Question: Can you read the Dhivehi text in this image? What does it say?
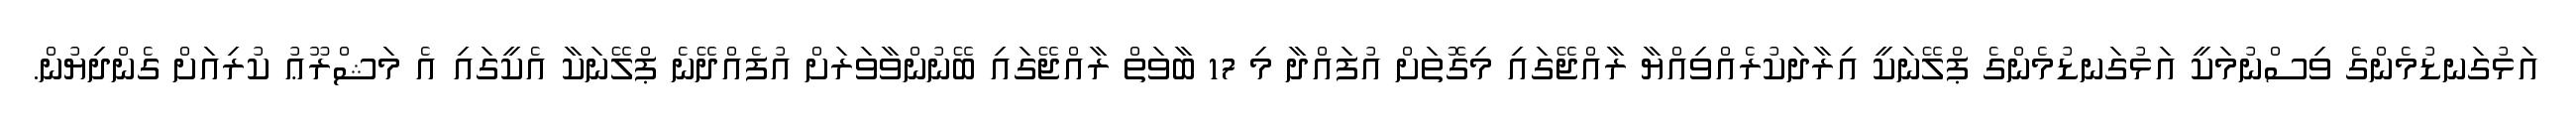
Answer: އަޅުގަނޑުމެންގެ ވިސްނުމަކީ އަޅުގަނޑުމެންގެ ޕްލޭނަކީ އިރާދަކުރެއްވިއްޔާ ރާއްޖޭގައި މިގޮތަށް އުފައްދާ މި 17 ބާވަތް ރާއްޖޭގައި ބޭނުންވާވަރަށް އުފެއްދޭނެ ޕްލޭނަކާ އެކީގައި އެ މަޝްރޫޢު ކުރިއަށް ގެންދިޔުން.